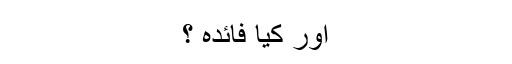
اور کیا فائدہ ؟